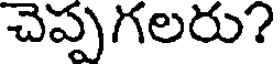
చెప్పగలరు?